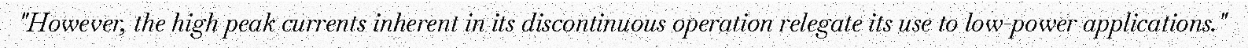
"However, the high peak currents inherent in its discontinuous operation relegate its use to low-power applications."